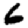
Digit: 6